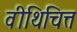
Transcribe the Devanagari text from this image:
वीथिचित्त